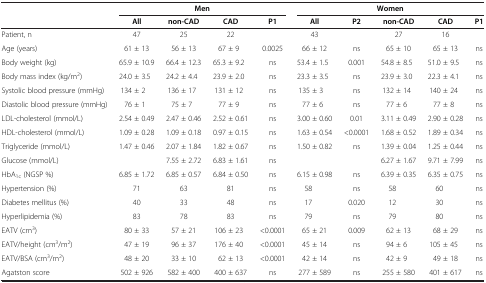
<table><thead><tr><td><b> </b></td><td colspan="4"><b>Men</b></td><td colspan="5"><b>Women</b></td></tr><tr><td><b> </b></td><td><b>All</b></td><td><b>non-CAD</b></td><td><b>CAD</b></td><td><b>P1</b></td><td><b>All</b></td><td><b>P2</b></td><td><b>non-CAD</b></td><td><b>CAD</b></td><td><b>P1</b></td></tr></thead><tbody><tr><td>Patient, n</td><td>47</td><td>25</td><td>22</td><td> </td><td>43</td><td> </td><td>27</td><td>16</td><td> </td></tr><tr><td>Age (years)</td><td>61 ± 13</td><td>56 ± 13</td><td>67 ± 9</td><td>0.0025</td><td>66 ± 12</td><td>ns</td><td>65 ± 10</td><td>65 ± 13</td><td>ns</td></tr><tr><td>Body weight (kg)</td><td>65.9 ± 10.9</td><td>66.4 ± 12.3</td><td>65.3 ± 9.2</td><td>ns</td><td>53.4 ± 1.5</td><td>0.001</td><td>54.8 ± 8.5</td><td>51.0 ± 9.5</td><td>ns</td></tr><tr><td>Body mass index (kg/m<sup>2</sup>)</td><td>24.0 ± 3.5</td><td>24.2 ± 4.4</td><td>23.9 ± 2.0</td><td>ns</td><td>23.3 ± 3.5</td><td>ns</td><td>23.9 ± 3.0</td><td>22.3 ± 4.1</td><td>ns</td></tr><tr><td>Systolic blood pressure (mmHg)</td><td>134 ± 2</td><td>136 ± 17</td><td>131 ± 12</td><td>ns</td><td>135 ± 3</td><td>ns</td><td>132 ± 14</td><td>140 ± 24</td><td>ns</td></tr><tr><td>Diastolic blood pressure (mmHg)</td><td>76 ± 1</td><td>75 ± 7</td><td>77 ± 9</td><td>ns</td><td>77 ± 6</td><td>ns</td><td>77 ± 6</td><td>77 ± 8</td><td>ns</td></tr><tr><td>LDL-cholesterol (mmol/L)</td><td>2.54 ± 0.49</td><td>2.47 ± 0.46</td><td>2.52 ± 0.61</td><td>ns</td><td>3.00 ± 0.60</td><td>0.01</td><td>3.11 ± 0.49</td><td>2.90 ± 0.28</td><td>ns</td></tr><tr><td>HDL-cholesterol (mmol/L)</td><td>1.09 ± 0.28</td><td>1.09 ± 0.18</td><td>0.97 ± 0.15</td><td>ns</td><td>1.63 ± 0.54</td><td>&lt;0.0001</td><td>1.68 ± 0.52</td><td>1.89 ± 0.34</td><td>ns</td></tr><tr><td>Triglyceride (mmol/L)</td><td>1.47 ± 0.46</td><td>2.07 ± 1.84</td><td>1.82 ± 0.67</td><td>ns</td><td>1.50 ± 0.82</td><td>ns</td><td>1.39 ± 0.04</td><td>1.25 ± 0.44</td><td>ns</td></tr><tr><td>Glucose (mmol/L)</td><td> </td><td>7.55 ± 2.72</td><td>6.83 ± 1.61</td><td>ns</td><td> </td><td> </td><td>6.27 ± 1.67</td><td>9.71 ± 7.99</td><td>ns</td></tr><tr><td>HbA<sub>1c</sub> (NGSP %)</td><td>6.85 ± 1.72</td><td>6.85 ± 0.57</td><td>6.84 ± 0.50</td><td>ns</td><td>6.15 ± 0.98</td><td>ns</td><td>6.39 ± 0.35</td><td>6.35 ± 0.75</td><td>ns</td></tr><tr><td>Hypertension (%)</td><td>71</td><td>63</td><td>81</td><td>ns</td><td>58</td><td>ns</td><td>58</td><td>60</td><td>ns</td></tr><tr><td>Diabetes mellitus (%)</td><td>40</td><td>33</td><td>48</td><td>ns</td><td>17</td><td>0.020</td><td>12</td><td>30</td><td>ns</td></tr><tr><td>Hyperlipidemia (%)</td><td>83</td><td>78</td><td>83</td><td>ns</td><td>79</td><td>ns</td><td>79</td><td>80</td><td>ns</td></tr><tr><td>EATV (cm<sup>3</sup>)</td><td>80 ± 33</td><td>57 ± 21</td><td>106 ± 23</td><td>&lt;0.0001</td><td>65 ± 21</td><td>0.009</td><td>62 ± 13</td><td>68 ± 29</td><td>ns</td></tr><tr><td>EATV/height (cm<sup>3</sup>/m<sup>2</sup>)</td><td>47 ± 19</td><td>96 ± 37</td><td>176 ± 40</td><td>&lt;0.0001</td><td>45 ± 14</td><td>ns</td><td>94 ± 6</td><td>105 ± 45</td><td>ns</td></tr><tr><td>EATV/BSA (cm<sup>3</sup>/m<sup>2</sup>)</td><td>48 ± 20</td><td>33 ± 10</td><td>62 ± 13</td><td>&lt;0.0001</td><td>42 ± 14</td><td>ns</td><td>42 ± 9</td><td>49 ± 18</td><td>ns</td></tr><tr><td>Agatston score</td><td>502 ± 926</td><td>582 ± 400</td><td>400 ± 637</td><td>ns</td><td>277 ± 589</td><td>ns</td><td>255 ± 580</td><td>401 ± 617</td><td>ns</td></tr></tbody></table>